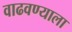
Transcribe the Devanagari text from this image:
वाढवण्याला